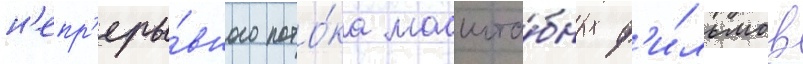
н'епр'еры́вного пото́ка масшта́бных ф'и́льмов